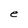
Character: e